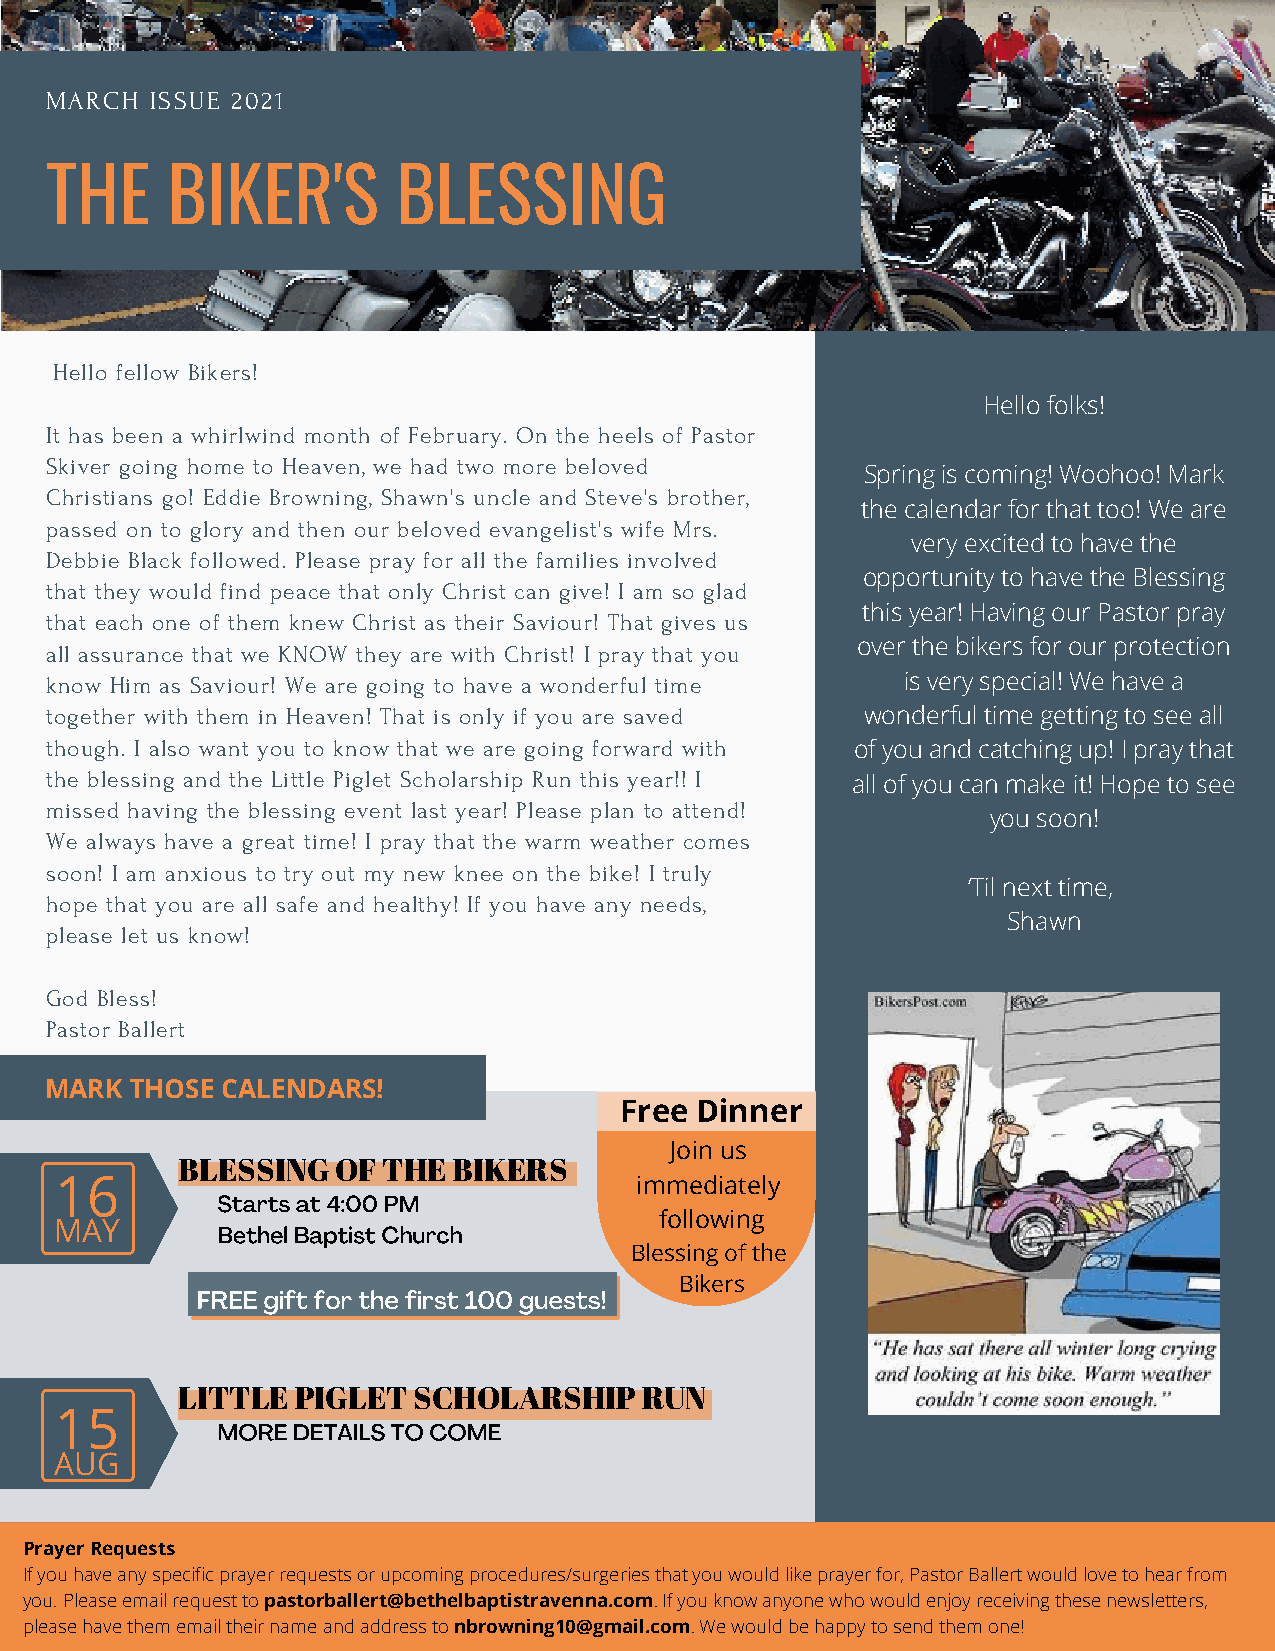
MARCH  ISSUE 2021
 THE     BIKER'S        BLESSING
 Hello fellow Bikers!
 Hello folks!
 It has been a whirlwind month of February. On the heels of Pastor
 Skiver going home to Heaven, we had two more beloved
 Spring is coming! Woohoo! Mark
 Christians go! Eddie Browning, Shawn's uncle and Steve's brother,
 the calendar for that too! We are
 passed on to glory and then our beloved evangelist's wife Mrs.
 very excited to have the
 Debbie Black followed. Please pray for all the families involved
 opportunity to have the Blessing
 that they would find peace that only Christ can give! I am so glad
 this year! Having our Pastor pray
 that each one of them knew Christ as their Saviour! That gives us
 over the bikers for our protection
 all assurance that we KNOW they are with Christ! I pray that you
 know Him as Saviour! We are going to have a wonderful time is very special! We have a
 together with them in Heaven! That is only if you are saved wonderful time getting to see all
 though. I also want you to know that we are going forward with of you and catching up! I pray that
 the blessing and the Little Piglet Scholarship Run this year!! I all of you can make it! Hope to see
 missed having the blessing event last year! Please plan to attend!
 you soon!
 We always have a great time! I pray that the warm weather comes
 soon! I am anxious to try out my new knee on the bike! I truly
 ‘Til next time,
 hope that you are all safe and healthy! If you have any needs,
 Shawn
 please let us know!
 God Bless!
 Pastor Ballert
 MARK  THOSE CALENDARS!
 Free Dinner
 Join us
 BLESSING  OF THE  BIKERS
 16                                    immediately
 Starts at 4:00 PM
 following
 MAY       Bethel Baptist Church
 Blessing of the
 Bikers
 FREE gift for the first 100 guests!
 LITTLE  PIGLET SCHOLARSHIP    RUN
 15
 MORE DETAILS TO COME
 AUG
 Prayer Requests
 If you have any specific prayer requests or upcoming procedures/surgeries that you would like prayer for, Pastor Ballert would love to hear from
 you. Please email request to pastorballert@bethelbaptistravenna.com. If you know anyone who would enjoy receiving these newsletters,
 please have them email their name and address to nbrowning10@gmail.com. We would be happy to send them one!